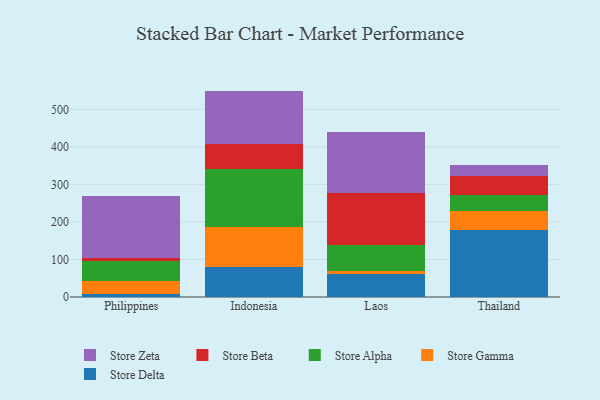
{"axis": {"x": "Country", "y": "Headcount"}, "legend": ["Store Alpha", "Store Beta", "Store Delta", "Store Gamma", "Store Zeta"], "data": [{"x": "Philippines", "y": 7.9, "type": "Store Delta"}, {"x": "Philippines", "y": 34.6, "type": "Store Gamma"}, {"x": "Philippines", "y": 54.1, "type": "Store Alpha"}, {"x": "Philippines", "y": 8.6, "type": "Store Beta"}, {"x": "Philippines", "y": 163.8, "type": "Store Zeta"}, {"x": "Indonesia", "y": 79.7, "type": "Store Delta"}, {"x": "Indonesia", "y": 107.0, "type": "Store Gamma"}, {"x": "Indonesia", "y": 153.4, "type": "Store Alpha"}, {"x": "Indonesia", "y": 66.7, "type": "Store Beta"}, {"x": "Indonesia", "y": 142.5, "type": "Store Zeta"}, {"x": "Laos", "y": 60.7, "type": "Store Delta"}, {"x": "Laos", "y": 9.4, "type": "Store Gamma"}, {"x": "Laos", "y": 69.5, "type": "Store Alpha"}, {"x": "Laos", "y": 138.8, "type": "Store Beta"}, {"x": "Laos", "y": 161.8, "type": "Store Zeta"}, {"x": "Thailand", "y": 178.4, "type": "Store Delta"}, {"x": "Thailand", "y": 51.3, "type": "Store Gamma"}, {"x": "Thailand", "y": 43.4, "type": "Store Alpha"}, {"x": "Thailand", "y": 50.1, "type": "Store Beta"}, {"x": "Thailand", "y": 28.4, "type": "Store Zeta"}]}